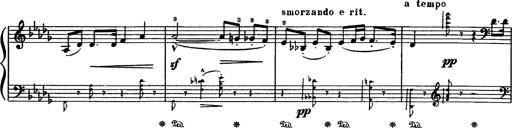
Title: Paraphrase de concert sur Rigoletto
Composer: Franz Liszt